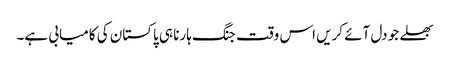
بھلے جو دل آئے کریں اس وقت جنگ ہارنا ہی پاکستان کی کامیابی ہے۔